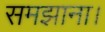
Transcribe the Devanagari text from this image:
समझाना।